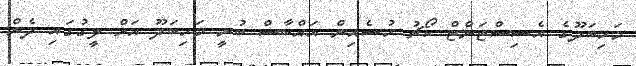
މަހިބަދޫގެ އެސިސްޓަންޓް ކޯޗު ހުސެއިން އައްބާސް ބުނީ މަހިބަދޫ އަށް ލީގުގައި ދެން